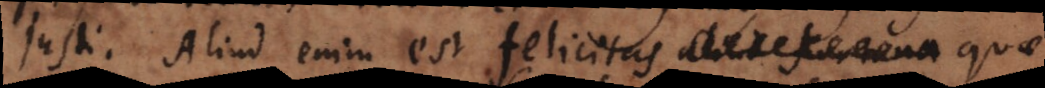
justi. Aliud enim est felicitas, quae